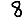
Digit: 8